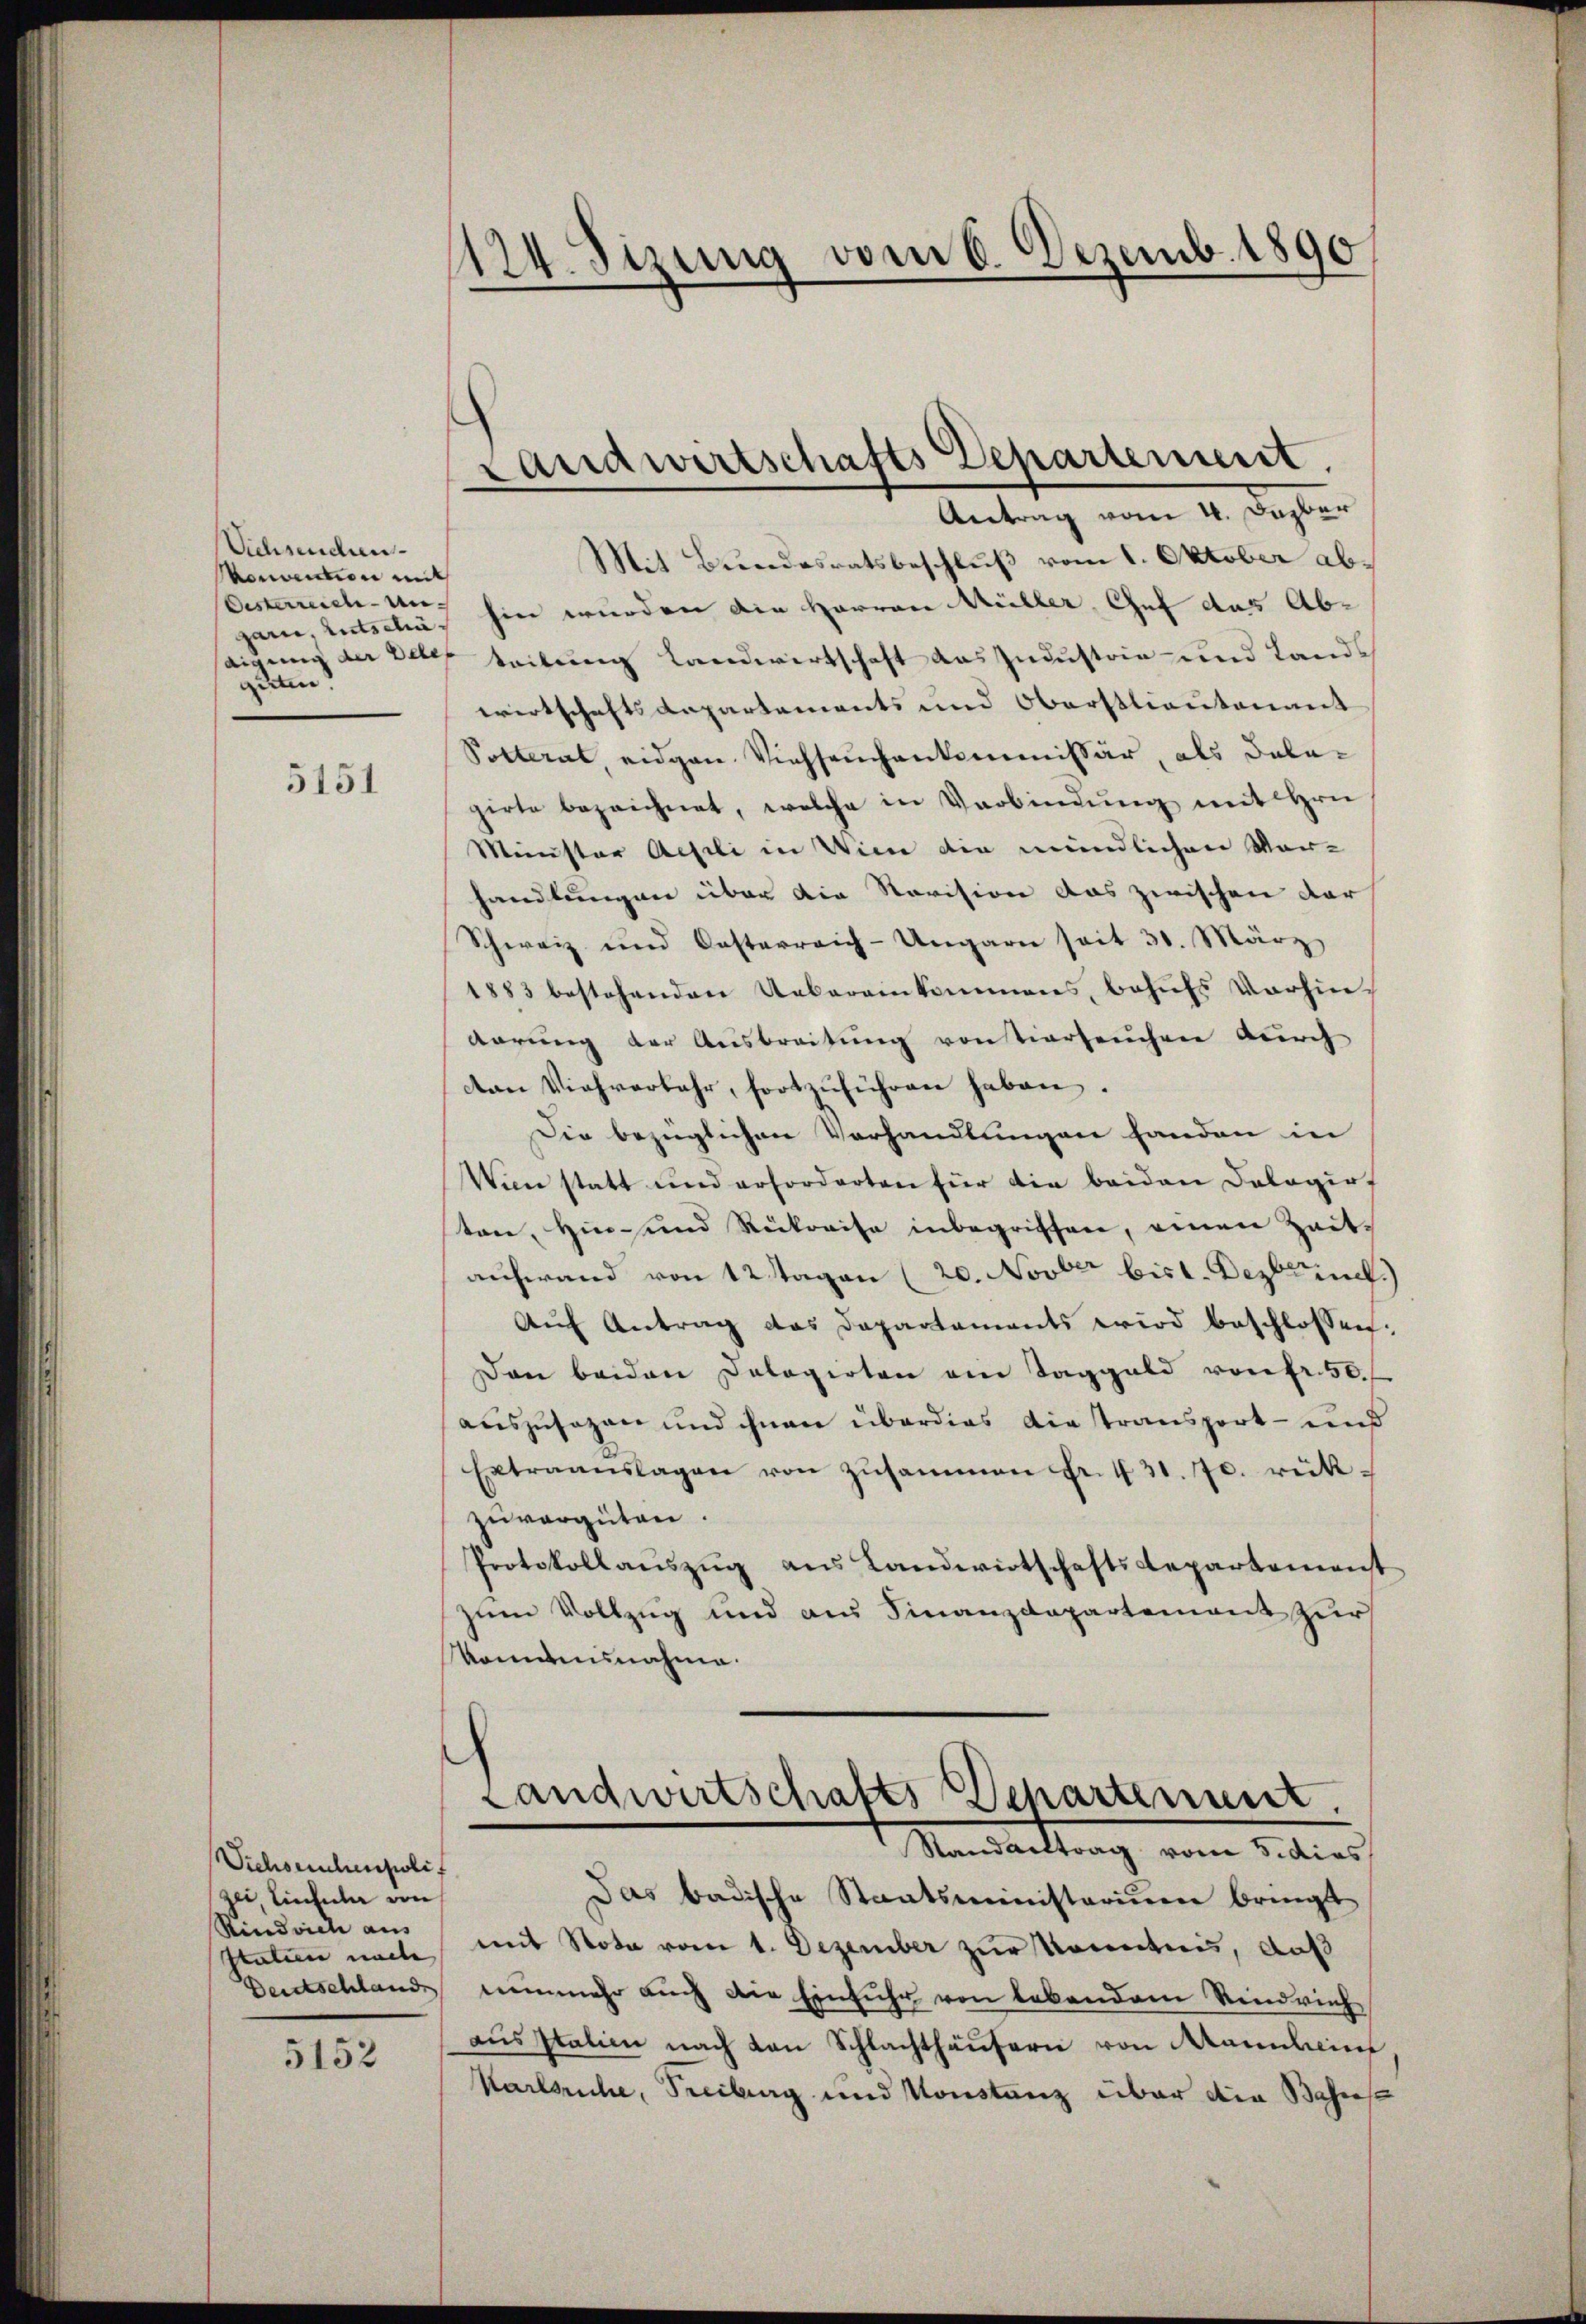
Vichsenden
omation mit
garn, entschieguten.

5151

Viehseuchenpoli
zei, Liecheler von
Rindviehe aus

5152

124. Sizung vom 6. Dezemb. 1890

Antrag vom 4. Dazber
Mit Bundesratsbeschluß vom 1. Oktober ab¬
Oesterreichen hin wurden die Herren Müller, Chef das Ab-
digung der Deter teilung Landwirtschaft das Industria und Lands
wirtschaftsdepartements und Oberstlieutenant
Potterat eidgen. Viehseuchenkommissär, als Salagirte bezeichnet, welche in Verbindŭng mit Hrn.
Minister Aesili in Wien die mündlichen Vor-
handlungen über die Revision das zwischen dar
Schweiz und Oesterreich-Ungarn seit 30. März
1883 bestehenden Uebereinkommens, behufs Vorhinderung der Ausbreitung von Tierseuchen durch
can Viehverbahr, fortzŭführen haben.
Die bezüglichen Verhandlungen handen in
Wien statt und erforderten für die beiden Dologirf
ten, Hin- und Rückreise inbegriffen, einen Zeitaufwand von 12 Tagen (20. Novber bist. Dezbrief)
Aŭf Antrag das Departements wird beschlossen:
Dan beiden Dologirten ein Taggeld vorer. 50.
auszusagen und ihnen überdies die transport- und
Extraanslagen von zŭsammen Fr. 431. 70. rükzŭvergüten.
Protokollaŭszŭg ans Landwirtschaftsdepartement
zum Vollzug und aus Finanzdepartement zur
omannahme.
Landwirtschafts Departement.
Standarttrag vom 5. dies
Das badische Staatsministerium bringt
Italien nach mit Nota vom 1. Dezember zur Kenntnis, daß
Deutschland nunmehr auch die Einfuhr von lebendem Riedrichaŭsstation nach von Schlachthäŭsern von Mannheim
Karlsruhe, Freiburg und Konstanz über die Bahres

Landwirtschafts Departement.